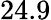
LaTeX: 24.9